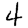
Digit: 4